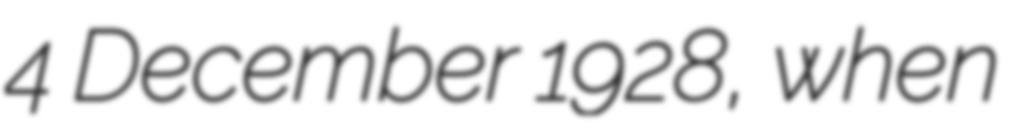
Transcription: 4 December 1928, when